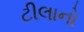
ટીલાનો